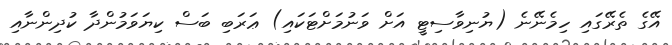
އޭގެ ތެރޭގައި ހިމެނޭނެ (ޔުނިވާސިޓީ އަށް ވަނުމަށްޓަކައި) ޢަރަބި ބަސް ކިޔަވަމުންދާ ކުދިންނާއި